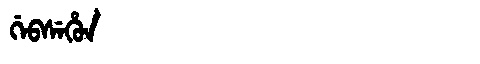
Manchu: ᡤᡝᠪᠰᡝᡥᡠᠨ
Romanization: GEBSEHUN